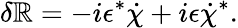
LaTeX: \delta\mathbb{R}=-i\epsilon^{*}\dot{{\chi}}+i\epsilon\dot{{\chi}}^{*}.